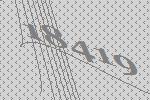
18419